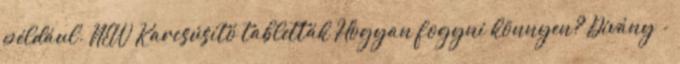
például. NEW Karcsúsító tabletták Hogyan fogyni könnyen? Dívány -